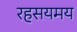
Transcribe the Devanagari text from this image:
रहसयमय